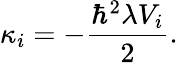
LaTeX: \kappa_{i}=-\frac{\hbar^{2}\lambda V_{i}}{2}.